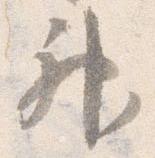
神